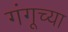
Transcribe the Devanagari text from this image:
गंगूच्या